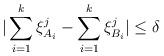
LaTeX: \begin{align*}|\sum_{i = 1}^{k}\xi_{A_i}^{j} - \sum_{i = 1}^{k}\xi_{B_i}^{j}| \leq \delta\end{align*}